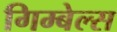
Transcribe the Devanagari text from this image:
गिम्बेल्स